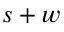
s + w